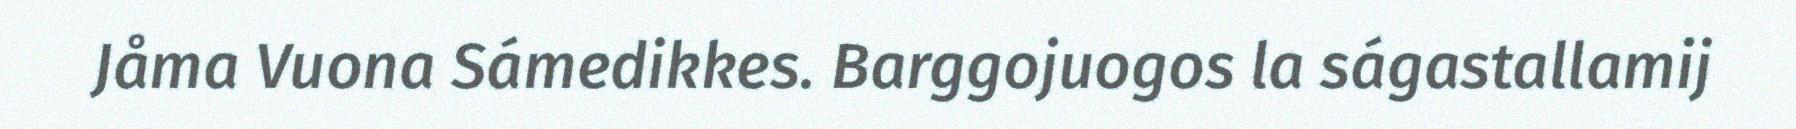
Jåma Vuona Sámedikkes. Barggojuogos la ságastallamij